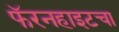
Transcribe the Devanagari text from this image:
फॅरनहाइटचा